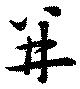
并